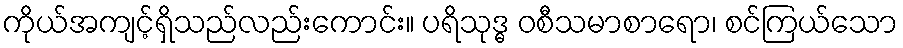
ကိုယ်အကျင့်ရှိသည်လည်းကောင်း။ ပရိသုဒ္ဓ ဝစီသမာစာရော၊ စင်ကြယ်သော